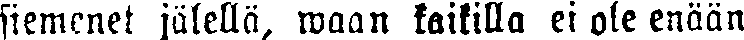
siemenet jälellä, waan kaikilla ei ole enään